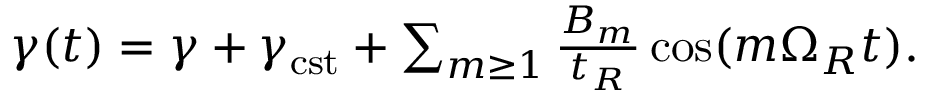
\begin{array} { r } { \gamma ( t ) = \gamma + \gamma _ { \mathrm { c s t } } + \sum _ { m \ge 1 } \frac { B _ { m } } { t _ { R } } \cos ( m \Omega _ { R } t ) . } \end{array}